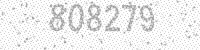
Solution: 808279